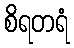
စိရတရံ